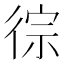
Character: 徖